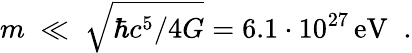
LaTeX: m\; \ll\; \sqrt{\hbar c^{5}/4G}={6.1\cdot 10^{27}}\, \mathrm{eV}\; \; .